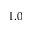
1 . 0